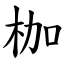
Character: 枷